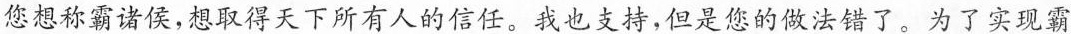
您想称霸诸侯，想取得天下所有人的信任。我也支持，但是您的做法错了。为了实现霸